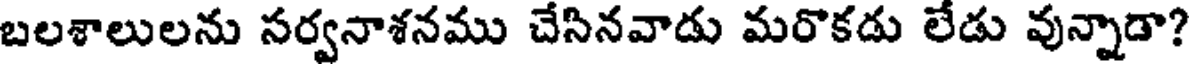
బలశాలులను సర్వనాశనము చేసినవాడు మరొకడు లేడు వున్నాడా?